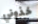
خذوني